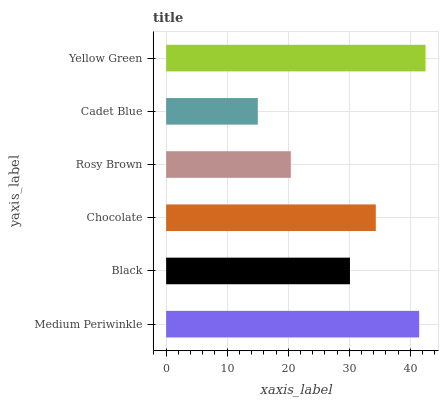
| yaxis_label | bars |
 | --- | --- |
 | Medium Periwinkle | 41.4 |
 | Black | 30.1 |
 | Chocolate | 34.3 |
 | Rosy Brown | 20.4 |
 | Cadet Blue | 15 |
 | Yellow Green | 42.5 |